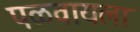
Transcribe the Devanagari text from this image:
पळवायला